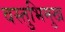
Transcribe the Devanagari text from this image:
वस्तुभिमुख